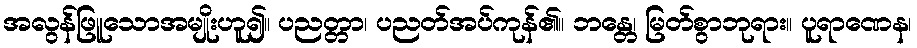
အလွန်ဖြူသောအမျိုးဟူ၍။ ပညတ္တာ၊ ပညတ်အပ်ကုန်၏။ ဘန္တေ၊ မြတ်စွာဘုရား။ ပူရာဏေန၊